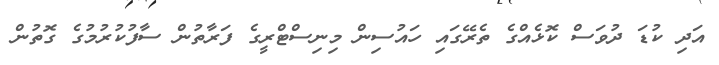
އަދި ކުޑަ ދުވަސް ކޮޅެއްގެ ތެރޭގައި ހައުސިން މިނިސްޓްރީގެ ފަރާތުން ސާފުކުރުމުގެ ގޮތުން